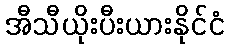
အီသီယိုးပီးယားနိုင်ငံ